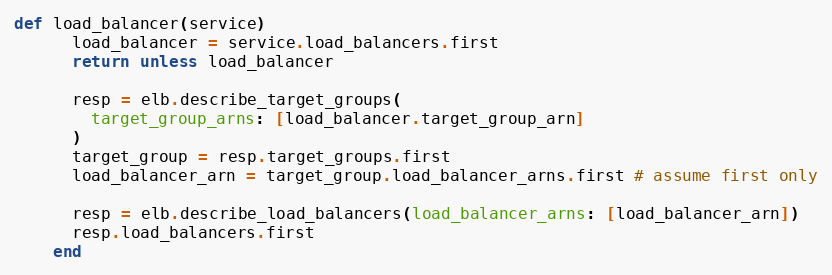
Language: Ruby
def load_balancer(service)
      load_balancer = service.load_balancers.first
      return unless load_balancer

      resp = elb.describe_target_groups(
        target_group_arns: [load_balancer.target_group_arn]
      )
      target_group = resp.target_groups.first
      load_balancer_arn = target_group.load_balancer_arns.first # assume first only

      resp = elb.describe_load_balancers(load_balancer_arns: [load_balancer_arn])
      resp.load_balancers.first
    end